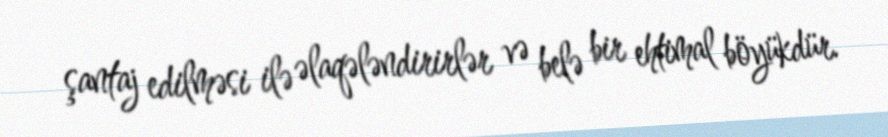
şantaj edilməsi ilə əlaqələndirirlər və belə bir ehtimal böyükdür.